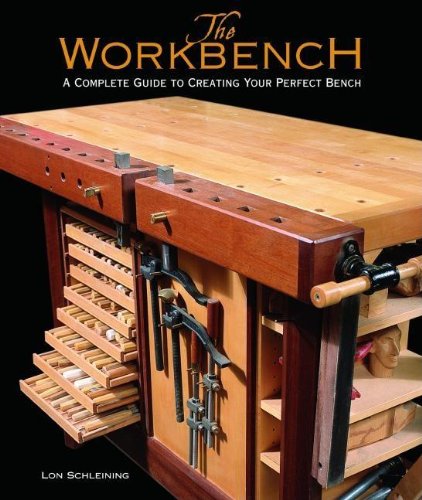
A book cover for The Workbench: A Complete Guide to Creating Your Perfect Bench; Lon Schleining; Engineering & Transportation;